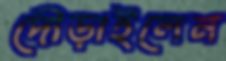
দৌড়াইলেন